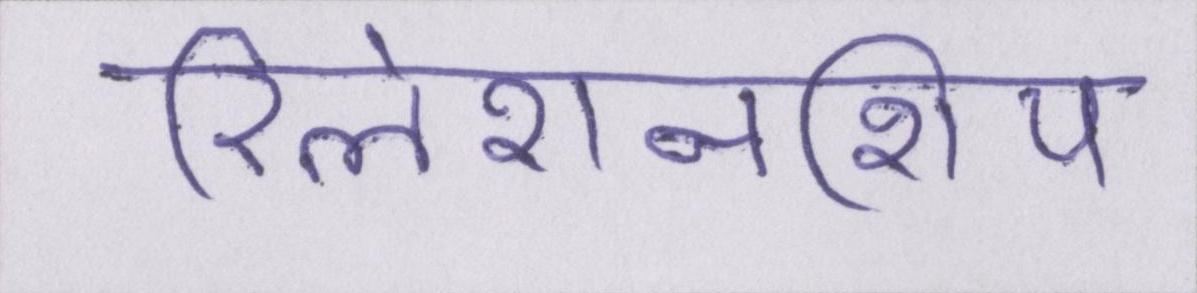
रिलेशनशिप